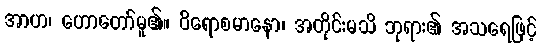
အာဟ၊ ဟောတော်မူ၏။ ဝိရောစမာနော၊ အတိုင်းမသိ ဘုရား၏ အသရေဖြင့်